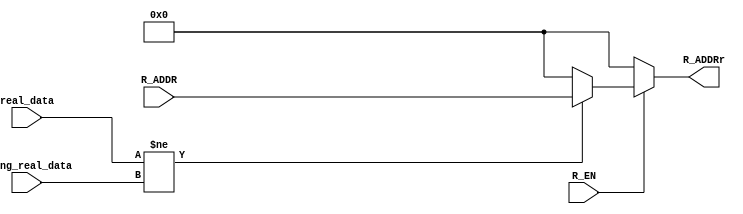
`timescale 1ns / 100ps


module t64_ADDR (input [13:0] R_ADDR, 
    input  R_EN,
    input [63:0] real_data, 
    input [63:0] wrong_real_data,
    output [13:0] R_ADDRr
);

reg [13:0] R_ADDRrr;


assign R_ADDRr = R_ADDRrr;


always @(real_data or wrong_real_data) begin
    R_ADDRrr = 0;
    if(R_EN )begin
        R_ADDRrr = 0;
        if(real_data != wrong_real_data)begin
            R_ADDRrr = R_ADDR;
        end
    end
    
end

endmodule